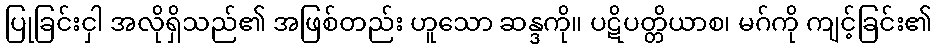
ပြုခြင်းငှါ အလိုရှိသည်၏ အဖြစ်တည်း ဟူသော ဆန္ဒကို။ ပဋိပတ္တိယာစ၊ မဂ်ကို ကျင့်ခြင်း၏